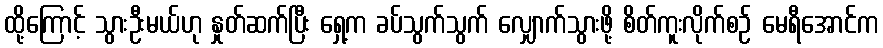
ထို့ကြောင့် သွားဦးမယ်ဟု နှုတ်ဆက်ပြီး ရှေ့က ခပ်သွက်သွက် လျှောက်သွားဖို့ စိတ်ကူးလိုက်စဉ် မေရီအောင်က